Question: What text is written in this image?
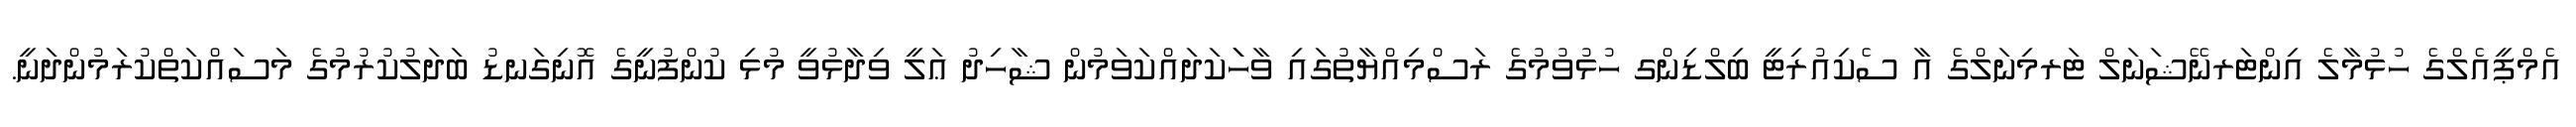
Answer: އެމްޕީއެލްގެ ހުޅުމާލެ އިންޓަރނޭޝަނަލް ޓަރމިނަލްގެ އާ ސެކިއުރިޓީ ބިލްޑިންގ ހުޅުވުމުގެ ރަސްމިއްޔާތުގައި ވާހަަކަދައްކަވަމުން ޝާހިދު ޢަލީ ވިދާޅުވީ މުޅި ކުންފުނީގެ އޮނިގަނޑު ބަދަލުކުރުމުގެ މަސައްކަތްކުރަމުންދަނީ.